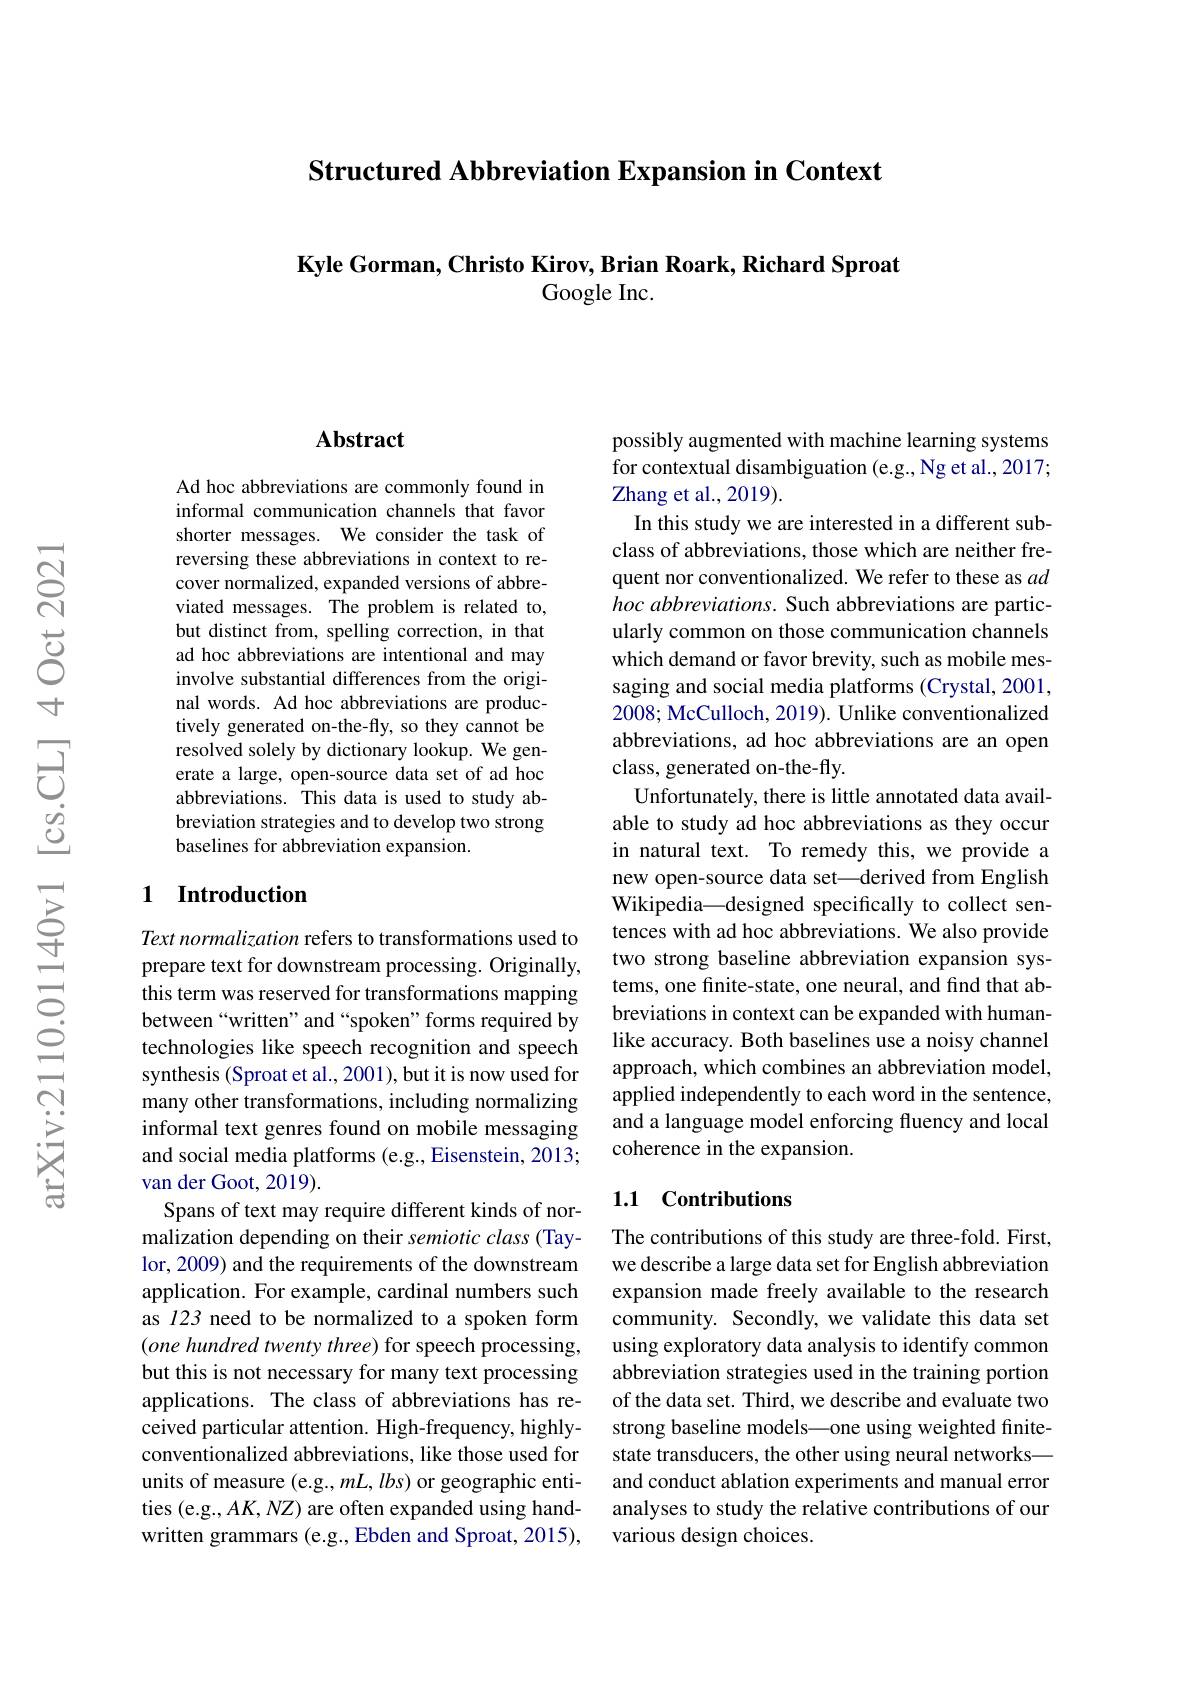
Structured Abbreviation Expansion in Context

Kyle Gorman, Christo Kirov, Brian Roark, Richard Sproat
Google Inc.

### $\mathbf{Abstract}$

Ad hoc abbreviations are commonly found in informal communication channels that favor shorter messages. We consider the task of reversing these abbreviations in context to recover normalized, expanded versions of abbreviated messages. The problem is related to, but distinct from, spelling correction, in that ad hoc abbreviations are intentional and may involve substantial differences from the original words. Ad hoc abbreviations are productively generated on-the-fly, so they cannot be resolved solely by dictionary lookup. We generate a large, open-source data set of ad hoc abbreviations. This data is used to study abbreviation strategies and to develop two strong baselines for abbreviation expansion.

### 1 Introduction

Text normalization refers to transformations used to prepare text for downstream processing. Originally, this term was reserved for transformations mapping between“written”and“spoken”forms required by technologies like speech recognition and speech synthesis (Sproat et al., 2001), but it is now used for many other transformations, including normalizing informal text genres found on mobile messaging and social media platforms (e.g., Eisenstein, 2013; van der Goot, 2019).
Spans of text may require different kinds of normalization depending on their semiotic class (Taylor, 2009) and the requirements of the downstream application. For example, cardinal numbers such as 123 need to be normalized to a spoken form (one hundred twenty three) for speech processing, but this is not necessary for many text processing applications. The class of abbreviations has received particular attention. High-frequency, highlyconventionalized abbreviations, like those used for units of measure (e.g., mL, lbs) or geographic entities (e.g., AK, NZ) are often expanded using handwritten grammars (e.g., Ebden and Sproat, 2015),

possibly augmented with machine learning systems for contextual disambiguation (e.g.,Ng et al., 2017; Zhang et al., 2019).
In this study we are interested in a different subclass of abbreviations, those which are neither frequent nor conventionalized. We refer to these as $ad$ hoc abbreviations. Such abbreviations are particularly common on those communication channels which demand or favor brevity, such as mobile messaging and social media platforms (Crystal, 2001, 2008; McCulloch, 2019). Unlike conventionalized abbreviations, ad hoc abbreviations are an open class, generated on-the-fly.
Unfortunately, there is little annotated data available to study ad hoc abbreviations as they occur in natural text. To remedy this, we provide a new open-source data set—derived from English Wikipedia\_designed specifically to collect sentences with ad hoc abbreviations. We also provide two strong baseline abbreviation expansion systems, one finite-state, one neural, and find that abbreviations in context can be expanded with humanlike accuracy. Both baselines use a noisy channel approach, which combines an abbreviation model, applied independently to each word in the sentence, and a language model enforcing fluency and local coherence in the expansion.

## 1.1 Contributions

The contributions of this study are three-fold. First, we describe a large data set for English abbreviation expansion made freely available to the research community. Secondly, we validate this data set using exploratory data analysis to identify common abbreviation strategies used in the training portion of the data set. Third, we describe and evaluate two strong baseline models—one using weighted finitestate transducers, the other using neural networks— and conduct ablation experiments and manual error analyses to study the relative contributions of our various design choices.